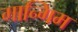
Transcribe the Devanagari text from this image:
गान्गिम